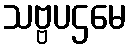
သဗ္ဗပဌမေ